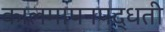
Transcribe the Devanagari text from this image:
कालमापनपद्धती